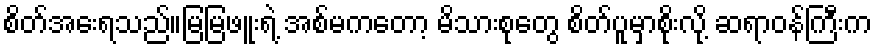
စိတ်အေးရသည်။မြမြဖူးရဲ့ အစ်မကတော့ မိသားစုတွေ စိတ်ပူမှာစိုးလို့ ဆရာဝန်ကြီးက